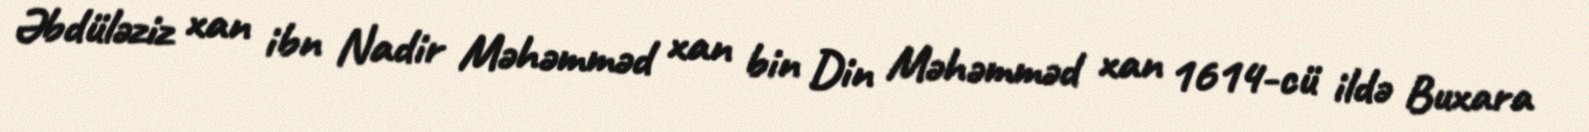
Əbdüləziz xan ibn Nadir Məhəmməd xan bin Din Məhəmməd xan 1614-cü ildə Buxara